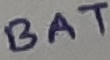
Text: BAT